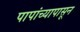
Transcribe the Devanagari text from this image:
पापांच्यापासून